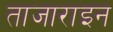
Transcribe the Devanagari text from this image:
ताजाराइन